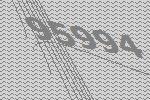
95994